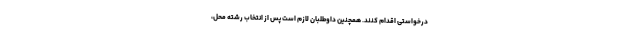
درخواستی اقدام کنند. همچنین داوطلبان لازم است پس از انتخاب رشته محل،